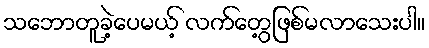
သဘောတူခဲ့ပေမယ့် လက်တွေ့ဖြစ်မလာသေးပါ။